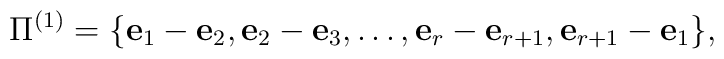
\Pi^{(1)}=\{{\bf e}_1-{\bf e}_2,{\bf e}_2-{\bf e}_3,\ldots,{\bf e}_r-{\bf e}_{r+1},{\bf e}_{r+1}-{\bf e}_1\},